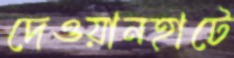
দেওয়ানহাটে